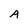
Character: A